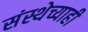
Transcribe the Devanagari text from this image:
संस्थेच्याही